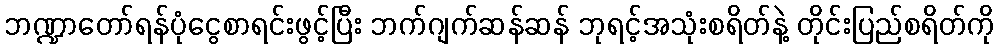
ဘဏ္ဍာတော်ရန်ပုံငွေစာရင်းဖွင့်ပြီး ဘက်ဂျက်ဆန်ဆန် ဘုရင့်အသုံးစရိတ်နဲ့ တိုင်းပြည်စရိတ်ကို